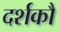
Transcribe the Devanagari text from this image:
दर्शकौं